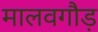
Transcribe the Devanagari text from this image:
मालवगौड़